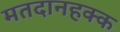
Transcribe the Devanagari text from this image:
मतदानहक्क